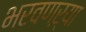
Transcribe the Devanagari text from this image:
भरवणऱ्या